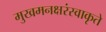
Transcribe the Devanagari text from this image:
मुखमनक्षरंस्वाकृते